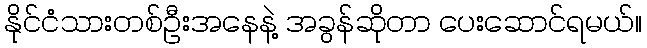
နိုင်ငံသားတစ်ဦးအနေနဲ့ အခွန်ဆိုတာ ပေးဆောင်ရမယ်။